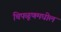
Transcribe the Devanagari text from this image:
चिपळूणमधील